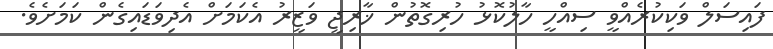
ފައިސަލް ވަކިކުރެއްވީ ސިއްހީ ހާލުކޮޅު ހުރިގޮތުން ޚާރިޖީ ވަޒީރު އެކަމަށް އެދިވަޑައިގެން ކަމަށެވެ.